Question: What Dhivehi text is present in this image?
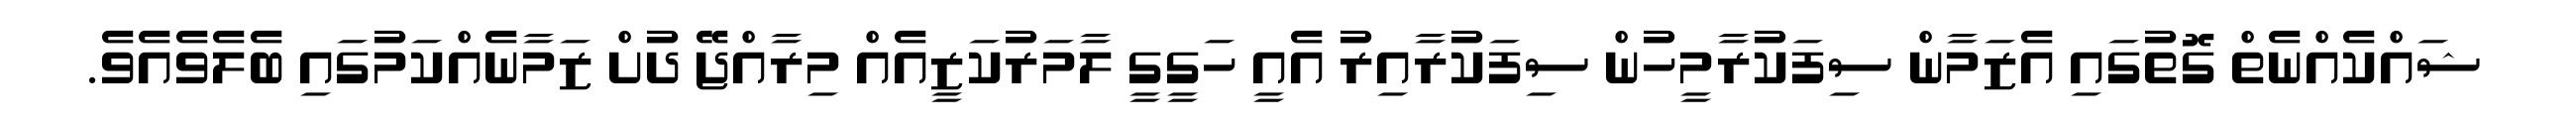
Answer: ޝައްކެއްނެތް ގޮތުގައި އެޒަމާން ސިފަކުރާމީހުން ސިފަކުރާއިރު އެއީ ހަގީގީ ލާމަރުކަޒީއެއް މިރާއްޖޭ ދުށް ޒަމާނެއްކަމުގައި ބެލެވެއެވެ.